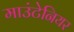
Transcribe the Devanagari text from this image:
माउंटेनियर